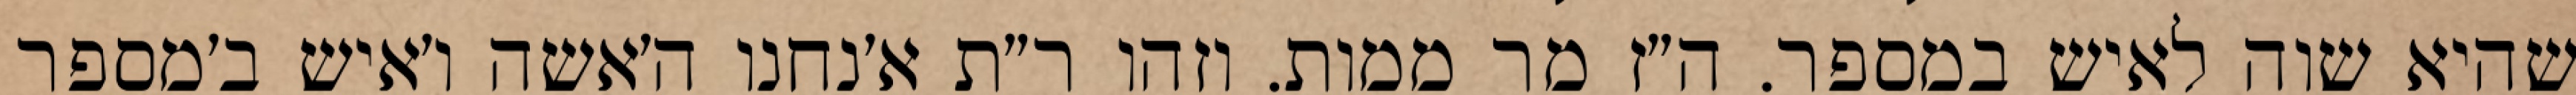
שהיא שוה לאיש במספר. ה״ז מר ממות. וזהו ר״ת א׳נחנו ה׳אשה ו׳איש ב׳מספר